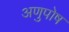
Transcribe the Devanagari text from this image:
अणुपोष